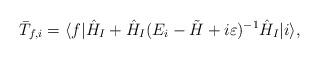
LaTeX: \begin{align*}\bar{T}_{f,i} =\langle f|\hat{H}_I + \hat{H}_I(E_i-\tilde{H}+i\varepsilon)^{-1}\hat{H}_I|i\rangle,\end{align*}